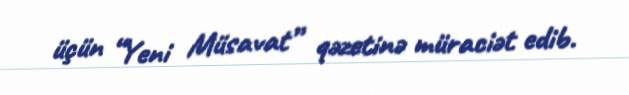
üçün “Yeni Müsavat” qəzetinə müraciət edib.